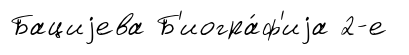
Бациjева Б'иогра́ф'иjа 2-е